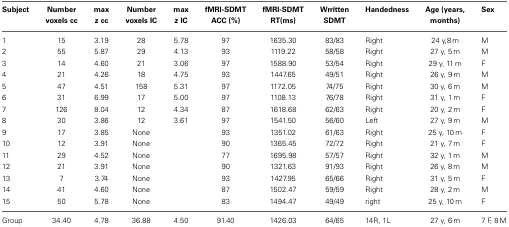
<table><thead><tr><td><b>Subject</b></td><td><b>Number voxels cc</b></td><td><b>max z cc</b></td><td><b>Number voxels IC</b></td><td><b>max z IC</b></td><td><b>fMRI-SDMT ACC (%)</b></td><td><b>fMRI-SDMT RT(ms)</b></td><td><b>Wrritten SDMT</b></td><td><b>Handedness</b></td><td><b>Age (years, months)</b></td><td><b>Sex</b></td></tr></thead><tbody><tr><td>1</td><td>15</td><td>3.19</td><td>28</td><td>5.78</td><td>97</td><td>1635.30</td><td>83/83</td><td>Right</td><td>24 y,8 m</td><td>M</td></tr><tr><td>2</td><td>55</td><td>5.87</td><td>29</td><td>4.13</td><td>93</td><td>1119.22</td><td>58/58</td><td>Right</td><td>27 y, 5 m</td><td>M</td></tr><tr><td>3</td><td>14</td><td>4.60</td><td>21</td><td>3.06</td><td>97</td><td>1588.90</td><td>53/54</td><td>Right</td><td>29 y, 11 m</td><td>F</td></tr><tr><td>4</td><td>21</td><td>4.26</td><td>18</td><td>4.75</td><td>93</td><td>1447.65</td><td>49/51</td><td>Right</td><td>26 y, 9 m</td><td>M</td></tr><tr><td>5</td><td>47</td><td>4.51</td><td>158</td><td>5.31</td><td>97</td><td>1172.05</td><td>74/75</td><td>Right</td><td>30 y, 6 m</td><td>M</td></tr><tr><td>6</td><td>31</td><td>6.99</td><td>17</td><td>5.00</td><td>97</td><td>1108.13</td><td>76/78</td><td>Right</td><td>31 y, 1 m</td><td>F</td></tr><tr><td>7</td><td>126</td><td>8.04</td><td>12</td><td>4.34</td><td>87</td><td>1618.68</td><td>62/63</td><td>Right</td><td>20 y, 2 m</td><td>F</td></tr><tr><td>8</td><td>30</td><td>3.86</td><td>12</td><td>3.61</td><td>97</td><td>1541.50</td><td>56/60</td><td>Left</td><td>27 y, 9 m</td><td>M</td></tr><tr><td>9</td><td>17</td><td>3.85</td><td>None</td><td></td><td>93</td><td>1351.02</td><td>61/63</td><td>Right</td><td>25 y, 10 m</td><td>F</td></tr><tr><td>10</td><td>12</td><td>3.91</td><td>None</td><td></td><td>90</td><td>1365.45</td><td>72/72</td><td>Right</td><td>21 y, 7 m</td><td>F</td></tr><tr><td>11</td><td>29</td><td>4.52</td><td>None</td><td></td><td>77</td><td>1695.98</td><td>57/57</td><td>Right</td><td>32 y, 1 m</td><td>M</td></tr><tr><td>12</td><td>21</td><td>3.91</td><td>None</td><td></td><td>90</td><td>1321.63</td><td>91/93</td><td>Right</td><td>26 y, 8 m</td><td>M</td></tr><tr><td>13</td><td>7</td><td>3.74</td><td>None</td><td></td><td>93</td><td>1427.95</td><td>65/66</td><td>Right</td><td>31 y, 5 m</td><td>F</td></tr><tr><td>14</td><td>41</td><td>4.60</td><td>None</td><td></td><td>87</td><td>1502.47</td><td>59/59</td><td>Right</td><td>28 y, 2 m</td><td>M</td></tr><tr><td>15</td><td>50</td><td>5.78</td><td>None</td><td></td><td>83</td><td>1494.47</td><td>49/49</td><td>right</td><td>25 y, 10 m</td><td>F</td></tr><tr><td>Group</td><td>34.40</td><td>4.78</td><td>36.88</td><td>4.50</td><td>91.40</td><td>1426.03</td><td>64/65</td><td>14R, 1L</td><td>27 y, 6 m</td><td>7 F, 8 M</td></tr></tbody></table>